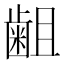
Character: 𪗱